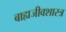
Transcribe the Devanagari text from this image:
बाह्यजीवशास्त्र